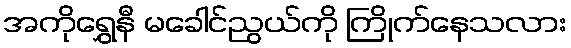
အကိုရွှေနီ မခေါင်ညွယ်ကို ကြိုက်နေသလား